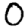
Digit: 0